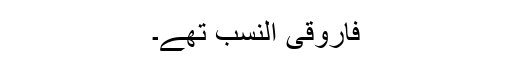
فاروقی النسب تھے۔